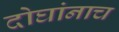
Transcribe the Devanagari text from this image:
दोघांनाच